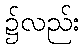
၌လည်း